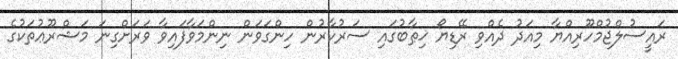
ރައީސުލްޖުމްހޫރިއްޔާ މިއަދު ދެއްވި ރޭޑިޔޯ ޚިޠާބުގައި ސަރުކާރުން ހިންގަވަން ނިންމަވާފައިވާ ވަރަށްގިނަ މަޝްރޫޢުތަކުގެ